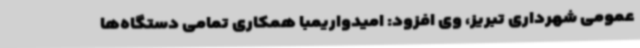
عمومی شهرداری تبریز، وی افزود: امیدواریمبا همکاری تمامی دستگاه‌ها